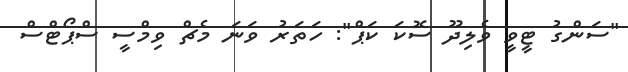
"ސަންގު ޓީވީ ވެލިދޫ ސޮކަ ކަޕް": ހަތަރު ވަނަ މެޗް ވިމްސީ ސްޕޯޓްސް